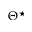
\Theta ^ { \star }